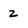
Character: Z